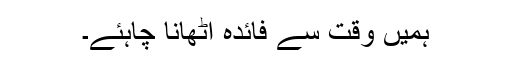
ہميں وقت سے فائدہ اٹھانا چاہئے۔